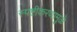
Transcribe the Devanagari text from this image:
स्पष्टीकरणामुळे